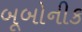
બૂબોનીક